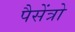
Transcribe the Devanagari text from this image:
पैसेंत्रो